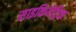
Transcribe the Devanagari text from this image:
साइकियेट्रिक